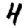
Digit: 4